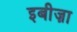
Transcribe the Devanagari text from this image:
इबीज़ा